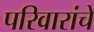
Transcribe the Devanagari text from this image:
परिवारांचे